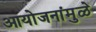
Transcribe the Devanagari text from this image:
आयोजनांमुळे